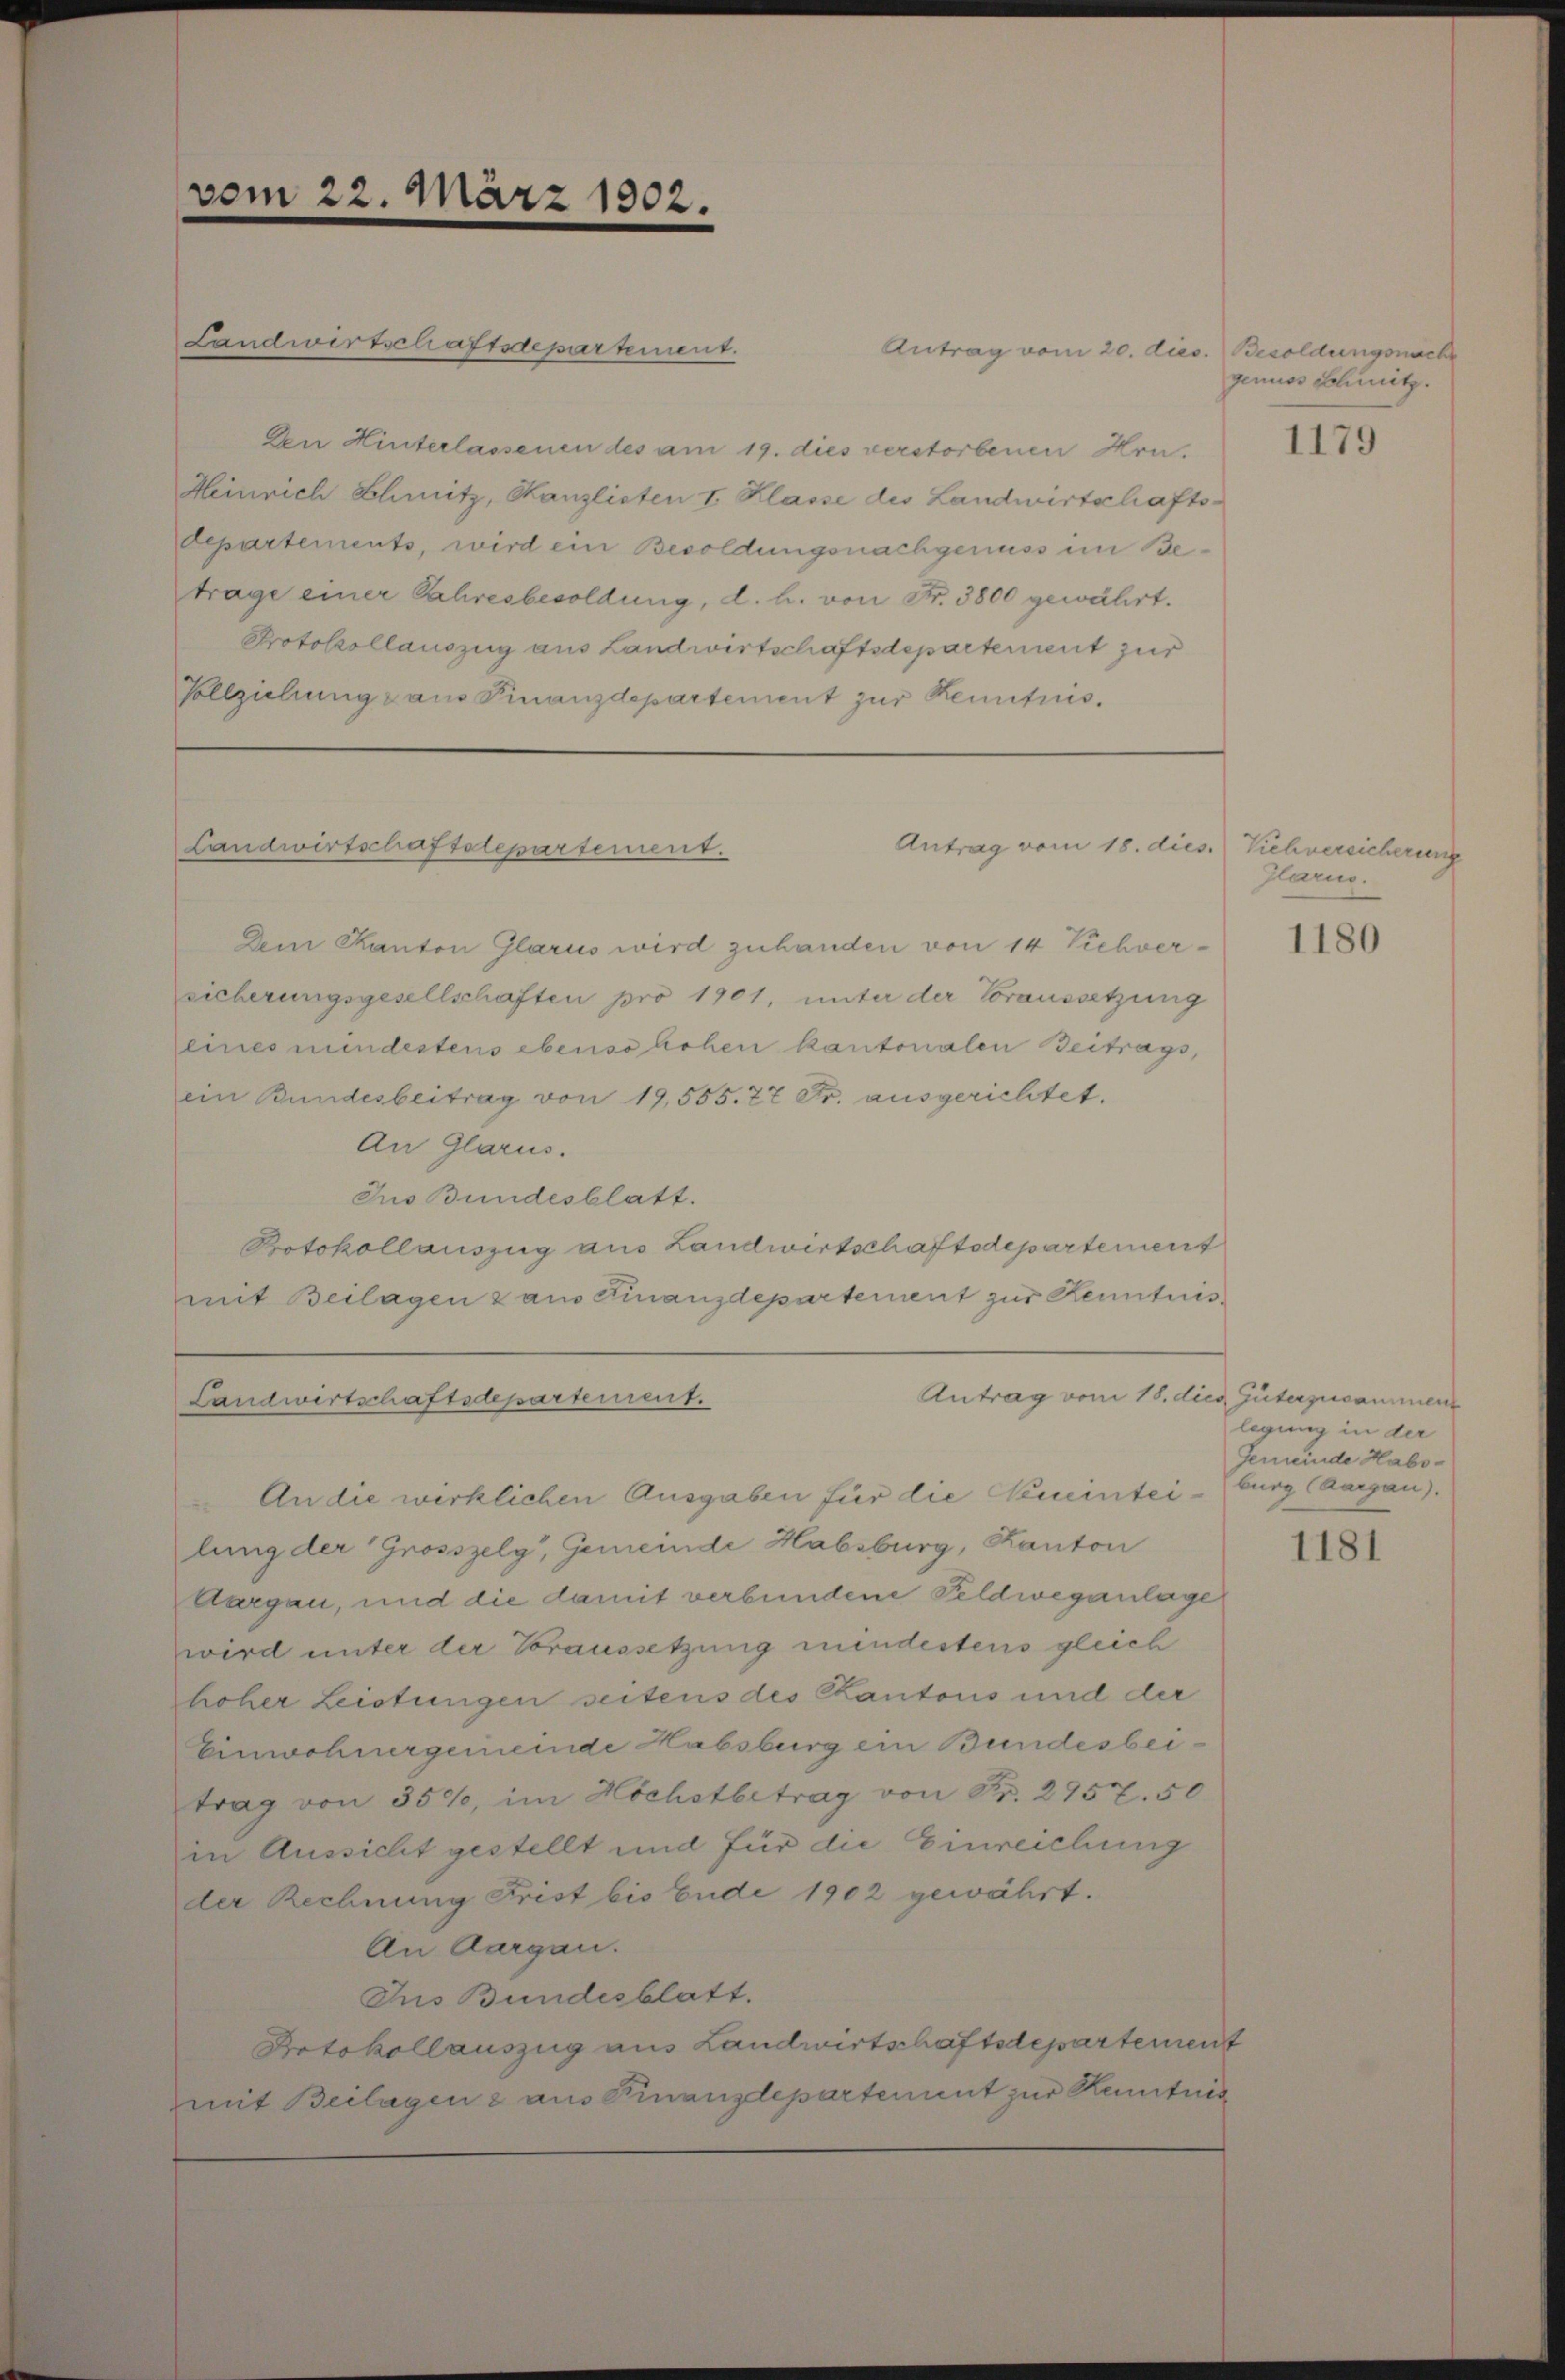
Landwirtschaftsdepartement.
Den Hinterlassenen des am 19. dies verstorbenen Hrn.
Heinrich Schmitz, Kanzlisten I. Klasse des Landwirtschafts-
departements, wird ein Besoldungsnachgenuss im Betrage einer Jahresbesoldung, d. h. von Fr. 3800 gewährt.
Protokollauszug aus Landwirtschaftsdepartement zur
Vollziehung aus Finanzdepartement zur Kenntnis.

vom 22. März 1802.

Landwirtschaftslepartement.

Landwirtschaftsdepartement.

Antrag vom 20. dies. Besoldungsnach

Antrag vom 18. dies

Dem Kanton Glarus wird zuhanden von 14 Viehver-
sicherungsgesellschaften pro 1901, unter der Voraussetzung
eines mindestens ebenso hohen kantonalen Beitrags,
ein Bundesbeitrag von 19,555. 27 Fr. ausgerichtet.
An Glarus.
Jus Bundesblatt.
Protokollauszug aus Landwirtschaftsdepartement
mit Beilagen z am Finanzdepartement zur Kenntnis
An die wirklichen Ausgaben für die Neueinteiburg (Aargau).
lung der Grosszelg, Gemeinde Habsburg, Kanton
Aargau, und die damit verbundene Feldweganlage
wird unter der Voraussetzung mindestens gleich
hoher Leistungen seitens des Kantons und der
Einwohnergemeinde Habsburg ein Bundesbeitrag von 350, im Höchstbetrag von Fr. 2957. 50
in Aussicht gestellt und für die Einreichung
der Rechnung Frist bis Ende 1902 gewährt.
An Aargau.
Ins Bundesblatt.
Dotokollauszug aus Landwirtschaftsdepartement
mit Beilagene aus Finanzdepartement zur Kenntnis

genuss Schwitz.

1179

Viehversicherung
Glarus.

1180

Antrag vom 18. dies Güterzusammen
legung in der
Gemeinde Habs¬

1181